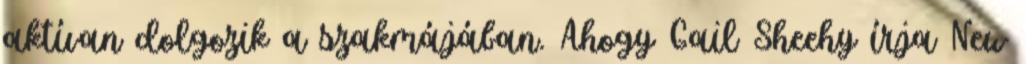
aktívan dolgozik a szakmájában. Ahogy Gail Sheehy írja New